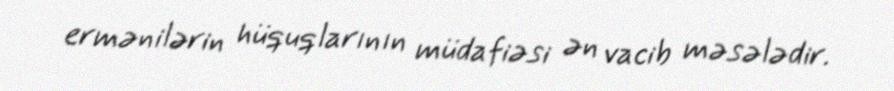
ermənilərin hüquqlarının müdafiəsi ən vacib məsələdir.